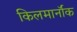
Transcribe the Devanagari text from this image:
किलमार्नॉक